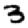
Digit: 3